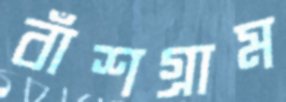
বাঁশগ্রাম